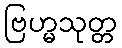
ဗြဟ္မသုတ္တ